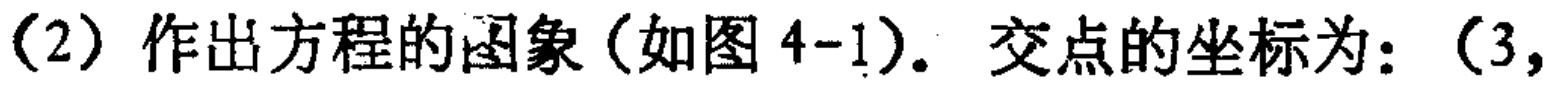
（2）作出方程的图象（如图 4-1）。交点的坐标为：（3,